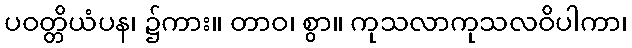
ပဝတ္တိယံပန၊ ၌ကား။ တာဝ၊ စွာ။ ကုသလာကုသလဝိပါကာ၊